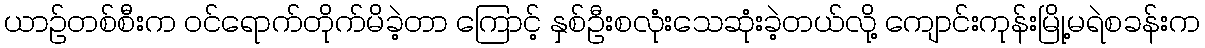
ယာဉ်တစ်စီးက ဝင်ရောက်တိုက်မိခဲ့တာ ကြောင့် နှစ်ဦးစလုံးသေဆုံးခဲ့တယ်လို့ ကျောင်းကုန်းမြို့မရဲစခန်းက